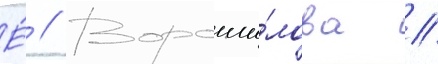
Е́ // Вороши́лова //